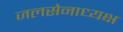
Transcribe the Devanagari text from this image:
जलसेनाध्यक्ष